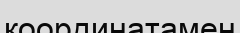
координатамен